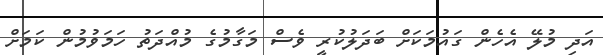
އަދި މުލޭ އެހެން ގައުމަކަށް ބަދަލުކުރީ ވެސް މަގާމުގެ މުއްދަތު ހަމަވުމުން ކަމަށް